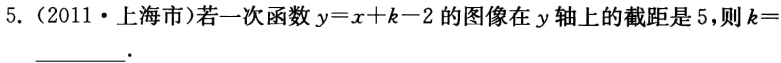
5.（2011·上海市）若一次函数$y = x + k - 2$的图像在$y$轴上的截距是5，则$k =$  。